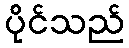
ပိုင်သည်